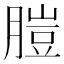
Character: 䐩